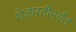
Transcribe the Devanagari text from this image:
शेजारतीपर्यंत